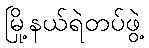
မြို့နယ်ရဲတပ်ဖွဲ့